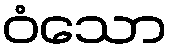
ဝံသော